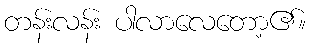
တန်းလန်း ပါလာလေတော့၏။